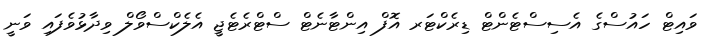
ވައިޓް ހައުސްގެ އެސިސްޓެންޓް ޑިރެކްޓަރ އޮފް އިންޓާނެޓް ސްޓްރެޓެޖީ އެލެކްސްވޯލް ވިދާޅުވެފައި ވަނީ